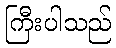
ကြီးပါသည်